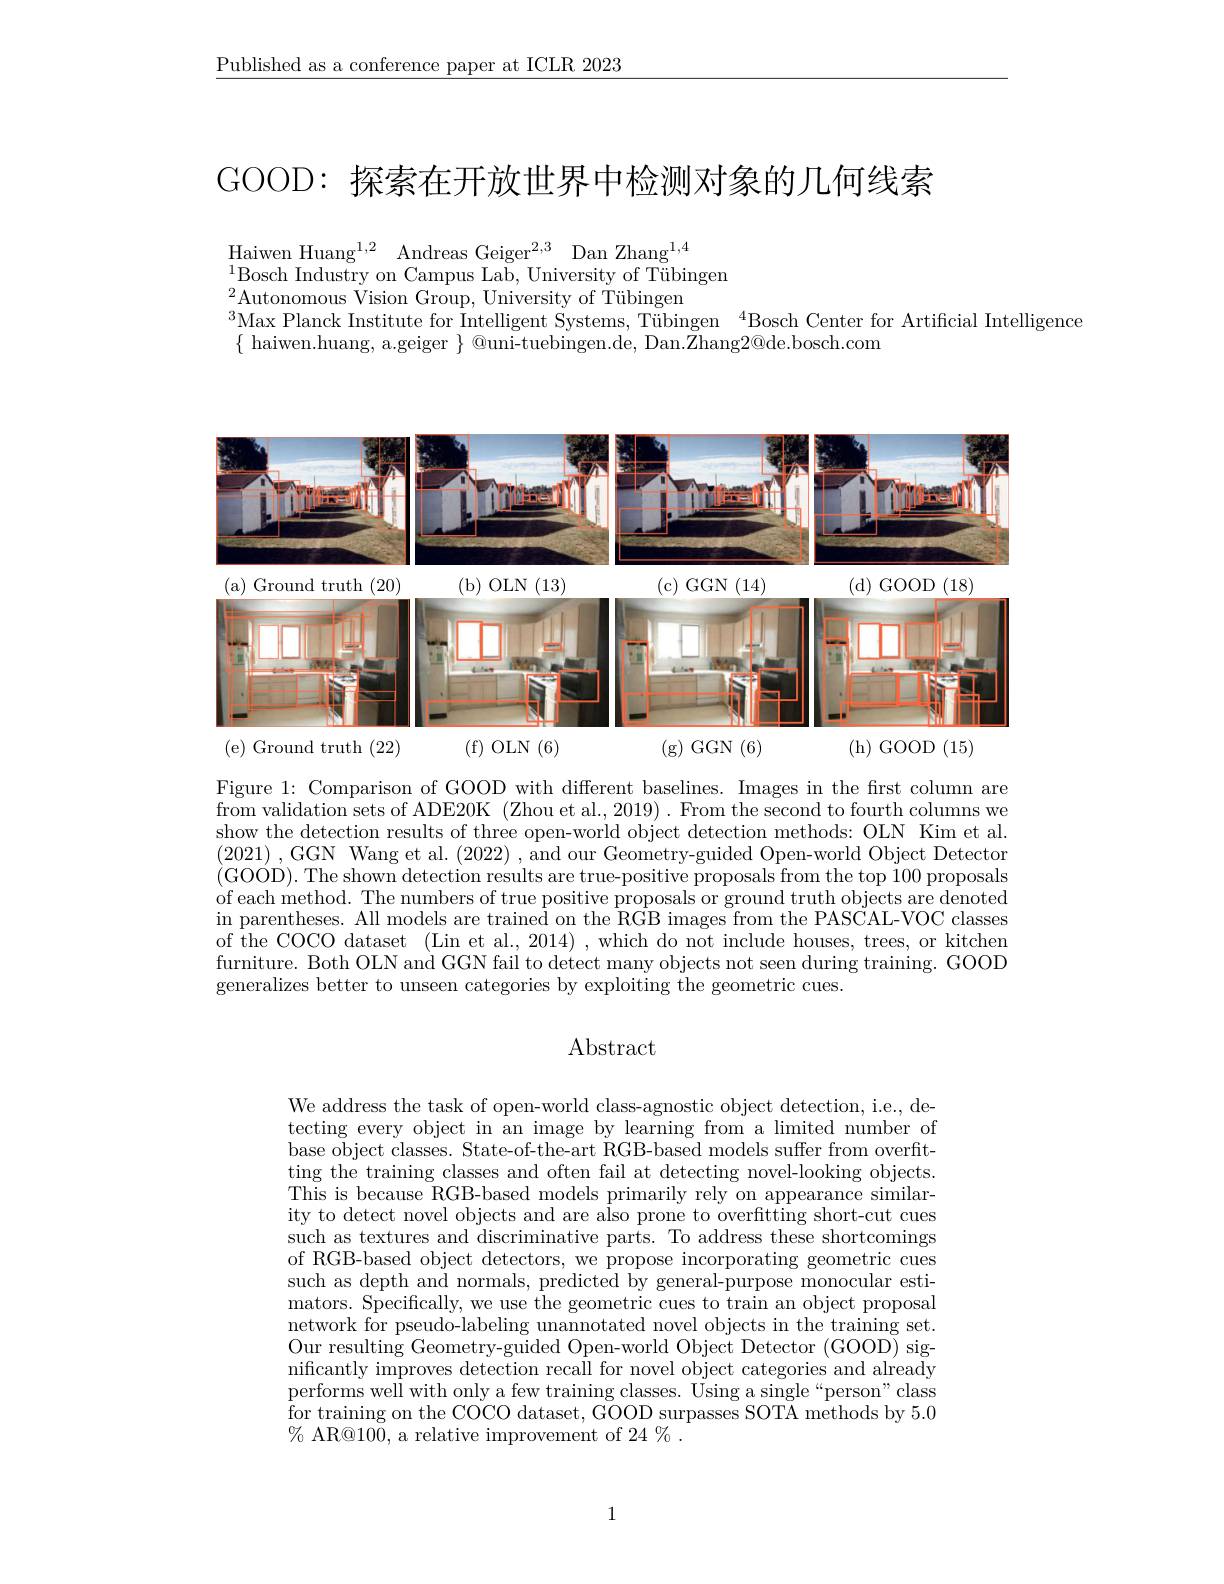
$\underline{\text{Published as a conference paper at ICLR 2023}}$

GOOD: 探索在开放世界中检测对象的几何线索

Haiwen Huang$^{1, 2}$ Andreas Geiger$^{2, 3}$ Dan Zhang$^{1,4}$
1Bosch Industry on Campus Lab, University of Tübingen
${}^{2}$Autonomous Vision Group, University of Tübingen
$^{3}$Max Planck Institute for Intelligent Systems, Tübingen$^{4}$Bosch Center for Artificial Intelligence
$\{$ haiwen.huang, a.geiger $\}$ @uni-tuebingen.de, Dan.{Z}hang2@de.bosch.com

<FigureHere>

Figure 1: Comparison of GOOD with different baselines. Images in the first column are from validation sets of ADE20K (Zhou et al., 2019) . From the second to fourth columns we show the detection results of three open-world object detection methods: OLN Kim et al. (2021) ,GGN Wang et al. (2022) , and our Geometry-guided Open-world Object Detector (GOOD). The shown detection results are true-positive proposals from the top 100 proposals of each method. The numbers of true positive proposals or ground truth objects are denoted in parentheses. All models are trained on the RGB images from the PASCAL-VOC classes of the COCO dataset (Lin et al., 2014) , which do not include houses, trees, or kitchen furniture. Both OLN and GGN fail to detect many objects not seen during training. GOOD generalizes better to unseen categories by exploiting the geometric cues.

# Abstract

We address the task of open-world class-agnostic object detection, i.e., detecting every object in an image by learning from a limited number of base object classes. State-of-the-art RGB-based models suffer from overfitting the training classes and often fail at detecting novel-looking objects. This is because RGB-based models primarily rely on appearance similarity to detect novel objects and are also prone to overfitting short-cut cues such as textures and discriminative parts. To address these shortcomings of RGB-based object detectors, we propose incorporating geometric cues such as depth and normals, predicted by general-purpose monocular estimators. Specifically, we use the geometric cues to train an object proposal network for pseudo-labeling unannotated novel objects in the training set. Our resulting Geometry-guided Open-world Object Detector (GOOD) significantly improves detection recall for novel object categories and already performs well with only a few training classes. Using a single“person" class $\hat{\text{for training on the COCO dataset, GOOD surpasses SOTA methods by 5.0}}$ % AR@100, a relative improvement of 24 %.

1